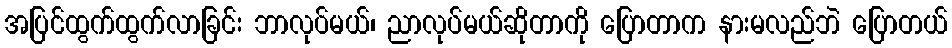
အပြင်ထွက်ထွက်လာခြင်း ဘာလုပ်မယ်၊ ညာလုပ်မယ်ဆိုတာကို ပြောတာက နားမလည်ဘဲ ပြောတယ်